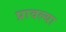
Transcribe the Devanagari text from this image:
प्रावल्या